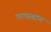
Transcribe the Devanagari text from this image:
परमस्थान